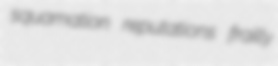
squamation reputations frailly